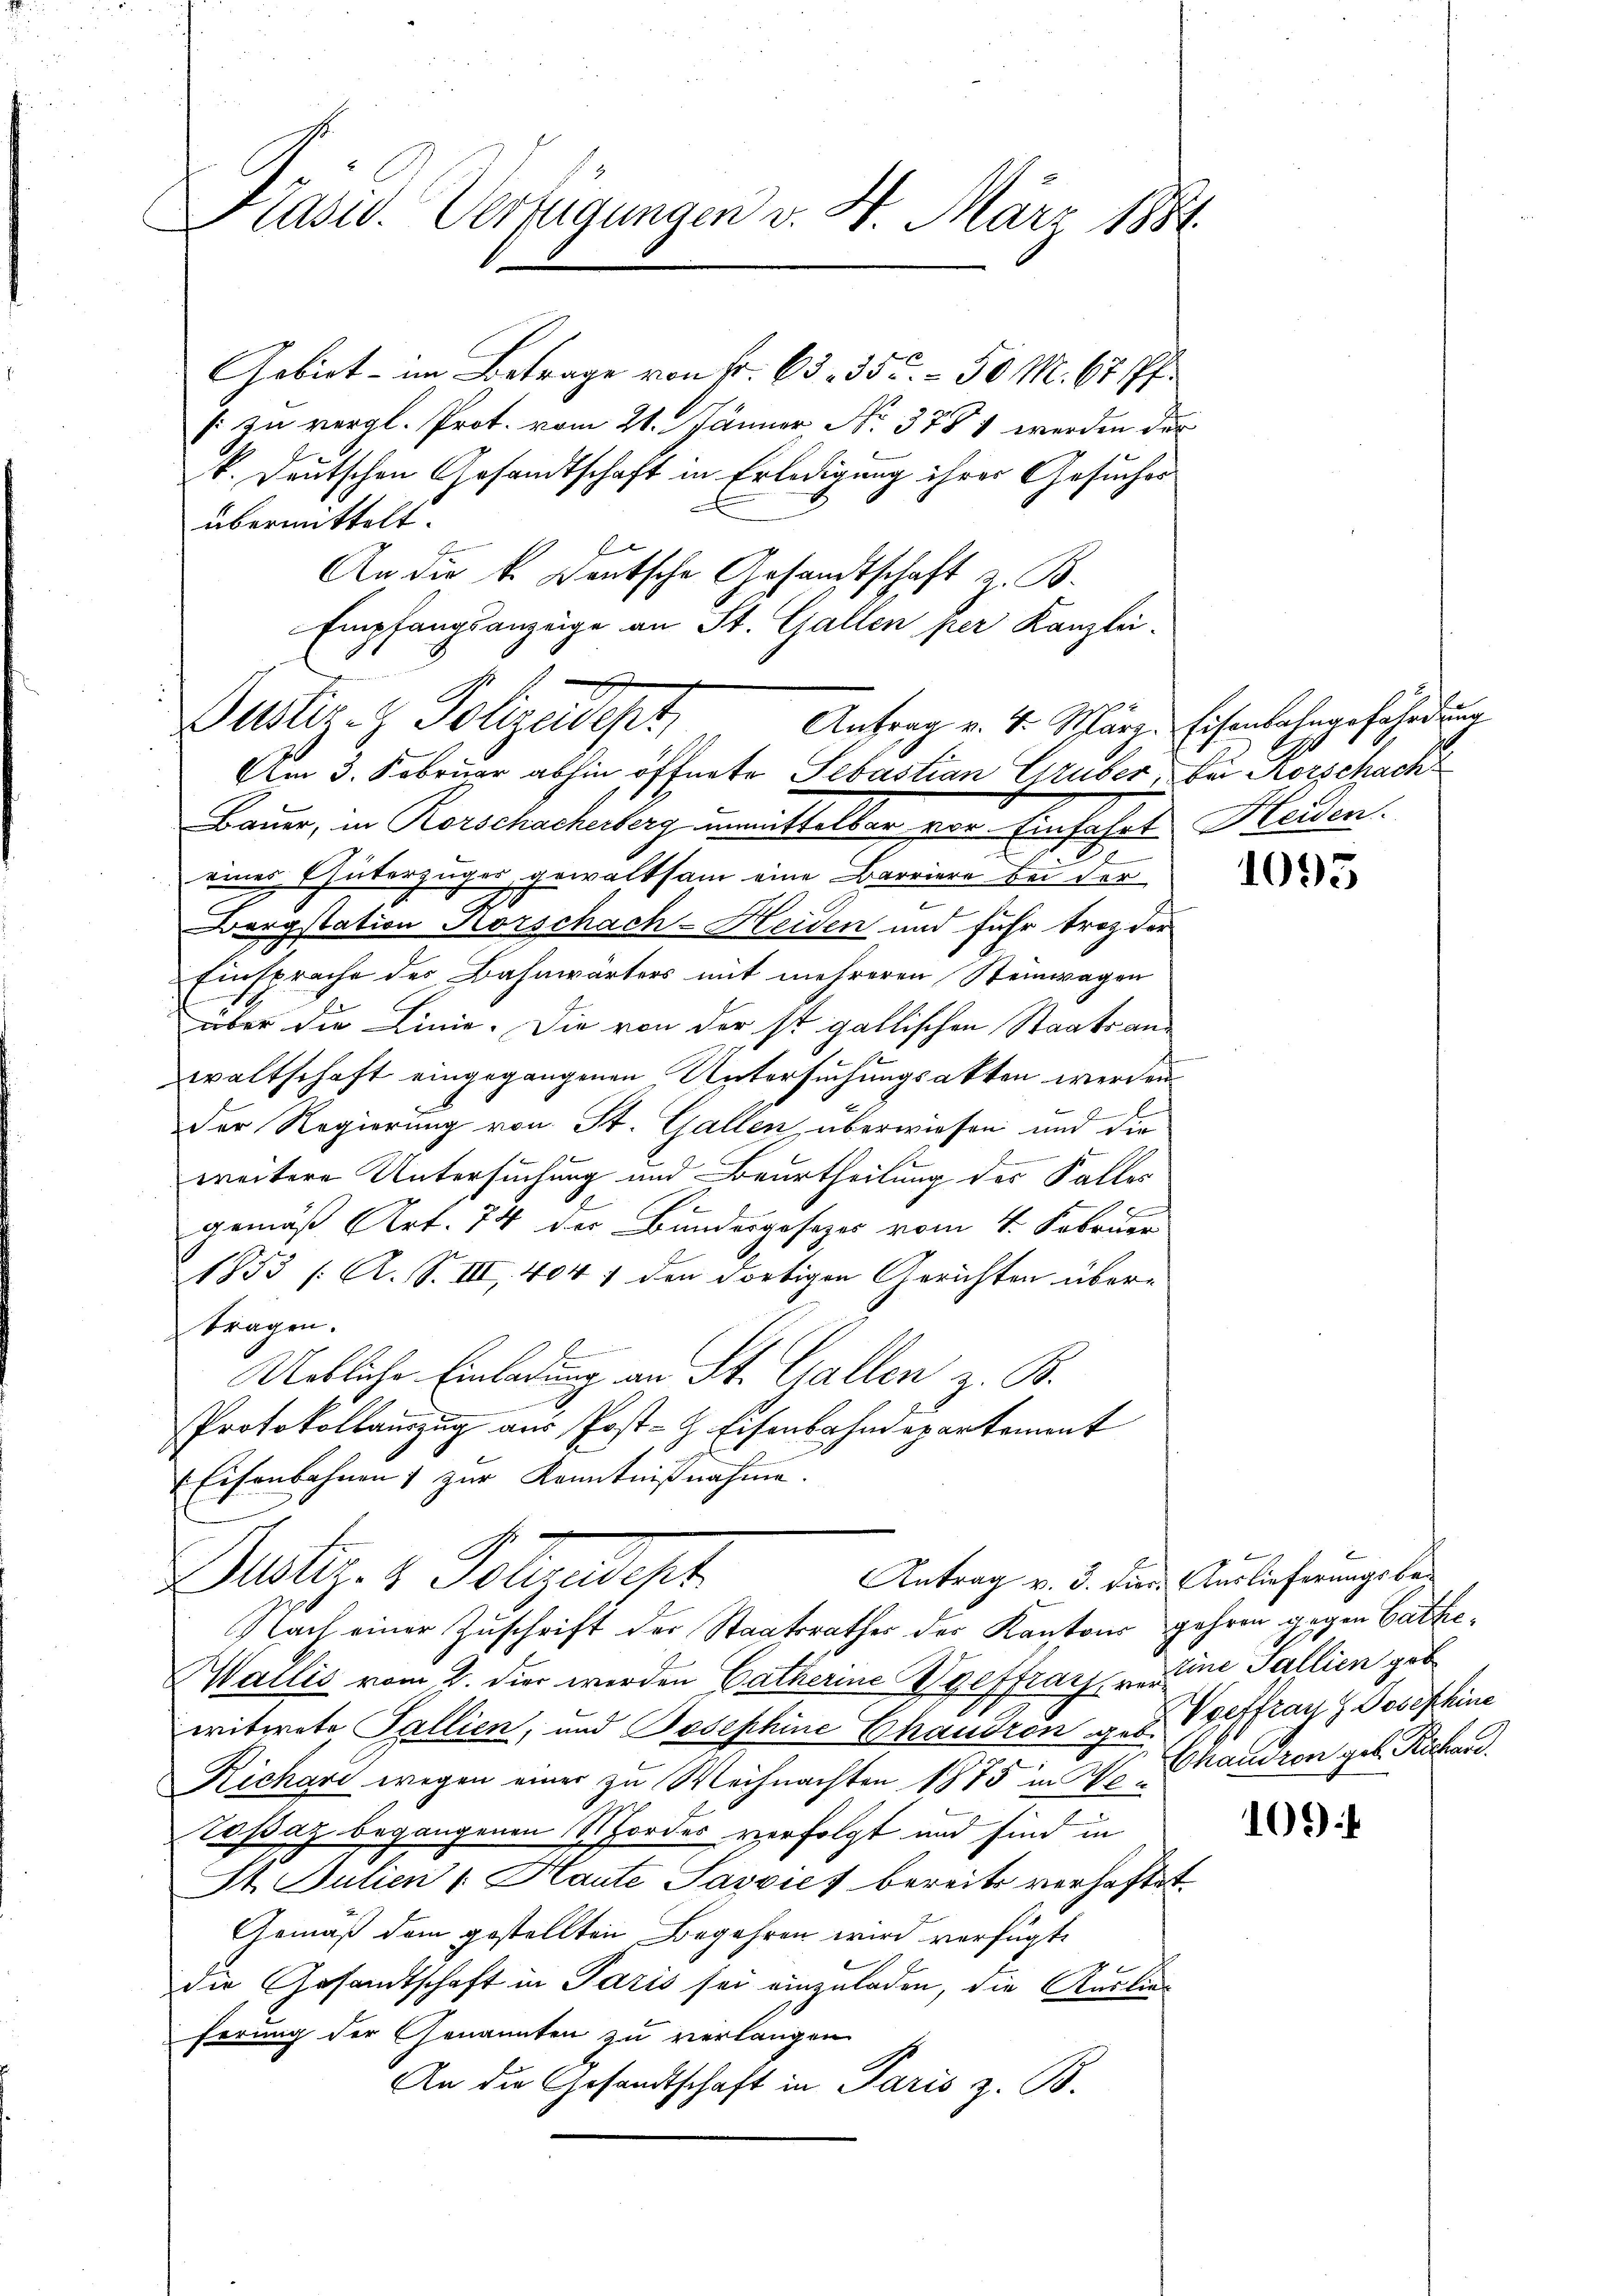
Kasid. Verfügungen v. 4. März 1884.

Gebiet - im Betrage von Fr. 63. 355. 50 M. 67 ff.
s: zu vergl. Prot. vom 21. Jänner, No. 378 1 werden der
k. Deutschen Gesandtschaft in Erledigung ihrer Gesuches
übermittelt.
An die k. Deutsche Gesandtschaft z. B.
Empfangsanzeige an St. Gallen per Kanzlei-

Justiz- & Polizeidept
Antrag v. 4. März.
Am 3. Februar abhin öffnete Sebastian Gruber, der Korschack

Bauer, in Rorschacherberg unmittelbar vor Einfahrt Heiden.
d
eines Güterzuges gewaltsam eine Barriere bei der
Bergstation Horschach-Heiden und fuhr troz der
Einsprache des Bahnwärters mit mehreren Steinwagen
über die Linie. Die von der ist gallischen Staatsanwaltschaft eingegangenen Untersuchungsakten werden
t
Der Regierung von St. Gallen, überwiesen und die
weitere Untersuchung und Beurtheilung des Falles
gemäß Art. 74 der Bundesgesezes vom 1. Februar
1853 /: A. S. III. 404 f den dortigen Gerichten über-
tragen.
Uetliche Einladung an St. Gallen z. B.
Protokollamzug aus Post- & Eisenbahndepartement
Eisenbahnen zur Kenntnißnahme
Deter z. Polizeipt
Antrag v. 3. die Auslieferungsbelach einer Zuschrift der Staatsrathes des Kantons gehren gegen Cathe¬
Wallis vom 2. die werden Catherine Vgeffraraine Sallien geb
witwete Pallien, und Josephine Chaudren z. B. Vorffray Josephine
Richari wegen einer zu Weihnachten 1875 in Pla
Toßaz begangenen Mordes verfolgt und sind in
St. Julien (Haute Savvies bereits verhaftet.
Gemäß dem gestellten Begehren wird verfügt
die Gesandtschaft in Paris sei einzuladen, die Auslieferung der Genannten zu verlangen
An die Gesandtschaft in Paris z. B.

Eisenbahngefährdung

n

1095

Chausron geb. Richare.

100